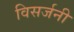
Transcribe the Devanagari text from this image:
विसर्जनी